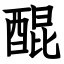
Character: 醌